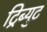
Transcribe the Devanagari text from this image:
ट्रिब्युट